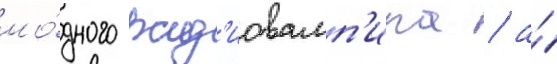
мо́дного рад'иовамп'ира / а́